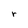
Character: r